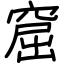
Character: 窟